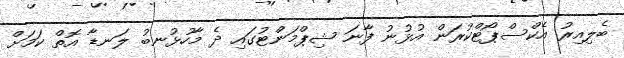
ބެލިއިރު އެކްސްޕޯޓްކުރަން އުޅުނު ފާނަ ޝިޕްމަންޓުގައި ދެ މާހުޅުނބު ލަނޑާ އޮތް ކަމަށް